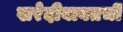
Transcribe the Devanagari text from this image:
खरेदीबाबतची